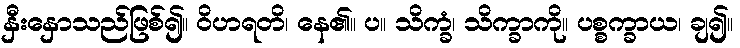
နှီးနှောသည်ဖြစ်၍။ ဝိဟရတိ၊ နေ၏။ ပ။ သိက္ခံ၊ သိက္ခာကို။ ပစ္စက္ခာယ၊ ချ၍။